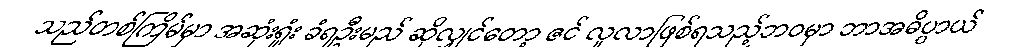
သည်တစ်ကြိမ်မှာ အဆုံးရှုံး ခံရဦးမည် ဆိုလျှင်တော့ ဇင် လူလာဖြစ်ရသည့်ဘဝမှာ ဘာအဓိပ္ပာယ်